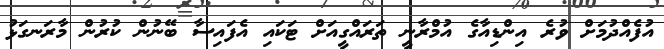
އުފެއްދުމަށް ވުރެ އިންޑިއާގެ އުމްރާނީ ތަރައްގީއަށް ޓަކައި އެފައިސާ ބޭނުން ކުރުން މާރަނގަޅު